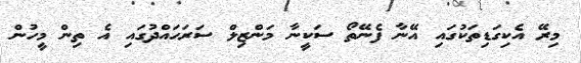
މިރޭ އެކިގަޑިތަކުގައި އޭނާ ފެނޭތޯ ސަކީނާ މަންޒިލް ސަރަހައްދުގައި އެ ތިން މީހުން